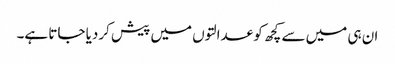
ان ہی میں سے کچھ کو عدالتوں میں پیش کردیا جاتا ہے۔